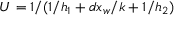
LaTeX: U = 1 / ( 1 / h _ { 1 } + d x _ { w } / k + 1 / h _ { 2 } )